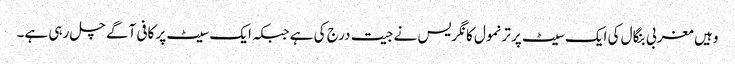
وہیں مغربی بنگال کی ایک سیٹ پر ترنمول کانگریس نے جیت درج کی ہے جبکہ ایک سیٹ پر کافی آگے چل رہی ہے۔